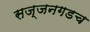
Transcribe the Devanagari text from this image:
सज्जनगडच